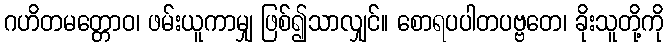
ဂဟိတမတ္တောဝ၊ ဖမ်းယူကာမျှ ဖြစ်၍သာလျှင်။ စောရပပါတပဗ္ဗတေ၊ ခိုးသူတို့ကို